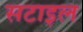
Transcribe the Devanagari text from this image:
सटाइल